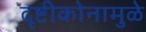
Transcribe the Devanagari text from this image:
दृष्टीकोनामुळे